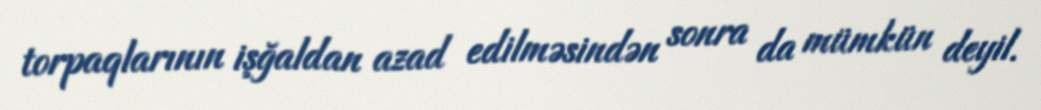
torpaqlarının işğaldan azad edilməsindən sonra da mümkün deyil.